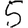
Digit: 5